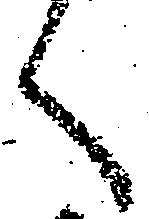
く